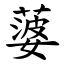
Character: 蔢